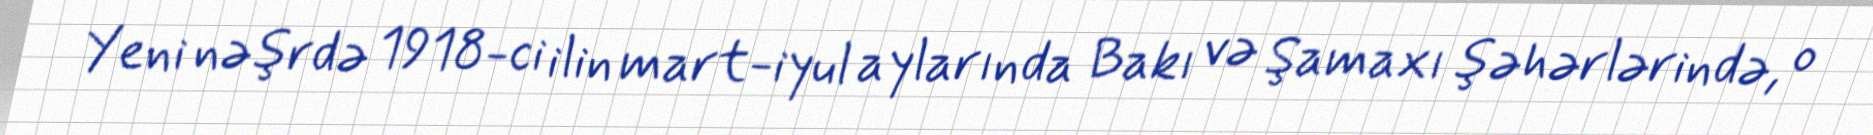
Yeni nəşrdə 1918-ci ilin mart-iyul aylarında Bakı və Şamaxı şəhərlərində, o